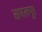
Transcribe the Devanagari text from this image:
समलपुर